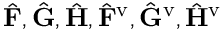
\hat { \mathbf { F } } , \hat { \mathbf { G } } , \hat { \mathbf { H } } , \hat { \mathbf { F } } ^ { \mathrm { v } } , \hat { \mathbf { G } } ^ { \mathrm { v } } , \hat { \mathbf { H } } ^ { \mathrm { v } }